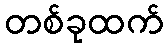
တစ်ခုထက်